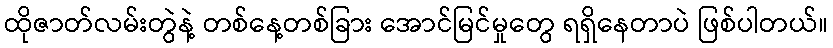
ထိုဇာတ်လမ်းတွဲနဲ့ တစ်နေ့တစ်ခြား အောင်မြင်မှုတွေ ရရှိနေတာပဲ ဖြစ်ပါတယ်။